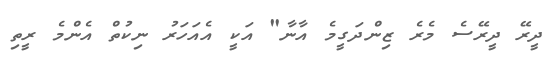
ދީރޭ ދީރޭސެ މެރެ ޒިންދަގީމެ އާނާ" އަކީ އެއަހަރު ނިކުތް އެންމެ ރީތި